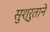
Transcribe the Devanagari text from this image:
सुश्रुताने